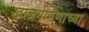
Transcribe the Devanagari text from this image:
खाजगीपणाच्या